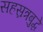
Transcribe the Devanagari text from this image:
सहस्रत्रबुद्धे